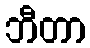
ဘီတာ